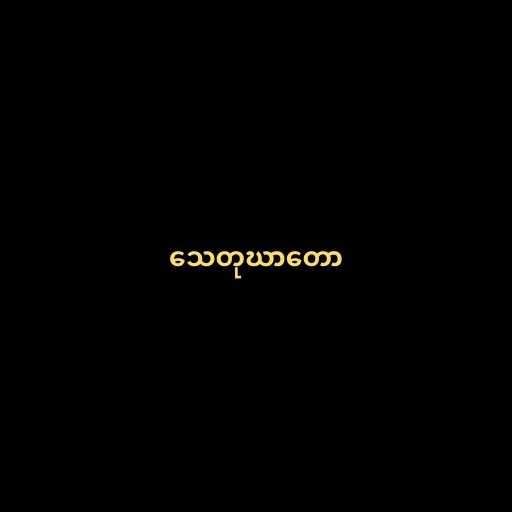
သေတုဃာတော